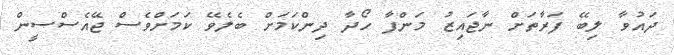
ދައުވާ ލިބޭ ފަރާތަށް ނާޖައިޒު މަންފާ ހޯދާ ދިންކަމަށް ބެލެވޭ ކަމަށްވެސް ޖޭއެސްސީން